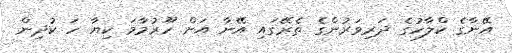
އޭނާގެ ކްލާހުގެ ދަރިވަރުންގެ ތެރޭގައި އޭނާ އަށް ހޫރުމާމަ ކިޔާ ހަ ކުދިން